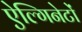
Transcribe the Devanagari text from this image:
ऐल्गिनेटों